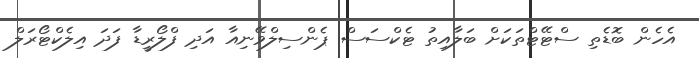
އެހެން ބޮޑެތި ސްޓޭޓްތަކަށް ބަލާއިތު ޓެކްސަސް ޕެންސިލްވޭނިއާ އަދި ފްލޯރީޑާ ފަދަ އިލެކްޓޯރަލް